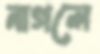
নাগলে